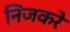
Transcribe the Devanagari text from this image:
निजकरे